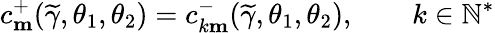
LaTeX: c_{\mathbf{m}}^{+}(\widetilde{\gamma},\theta_{1},\theta_{2})=c_{k\mathbf{m}}^{-}(\widetilde{\gamma},\theta_{1},\theta_{2}),\qquad k\in\mathbb{N}^{*}